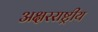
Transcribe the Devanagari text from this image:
अक्षरराष्ट्रीय